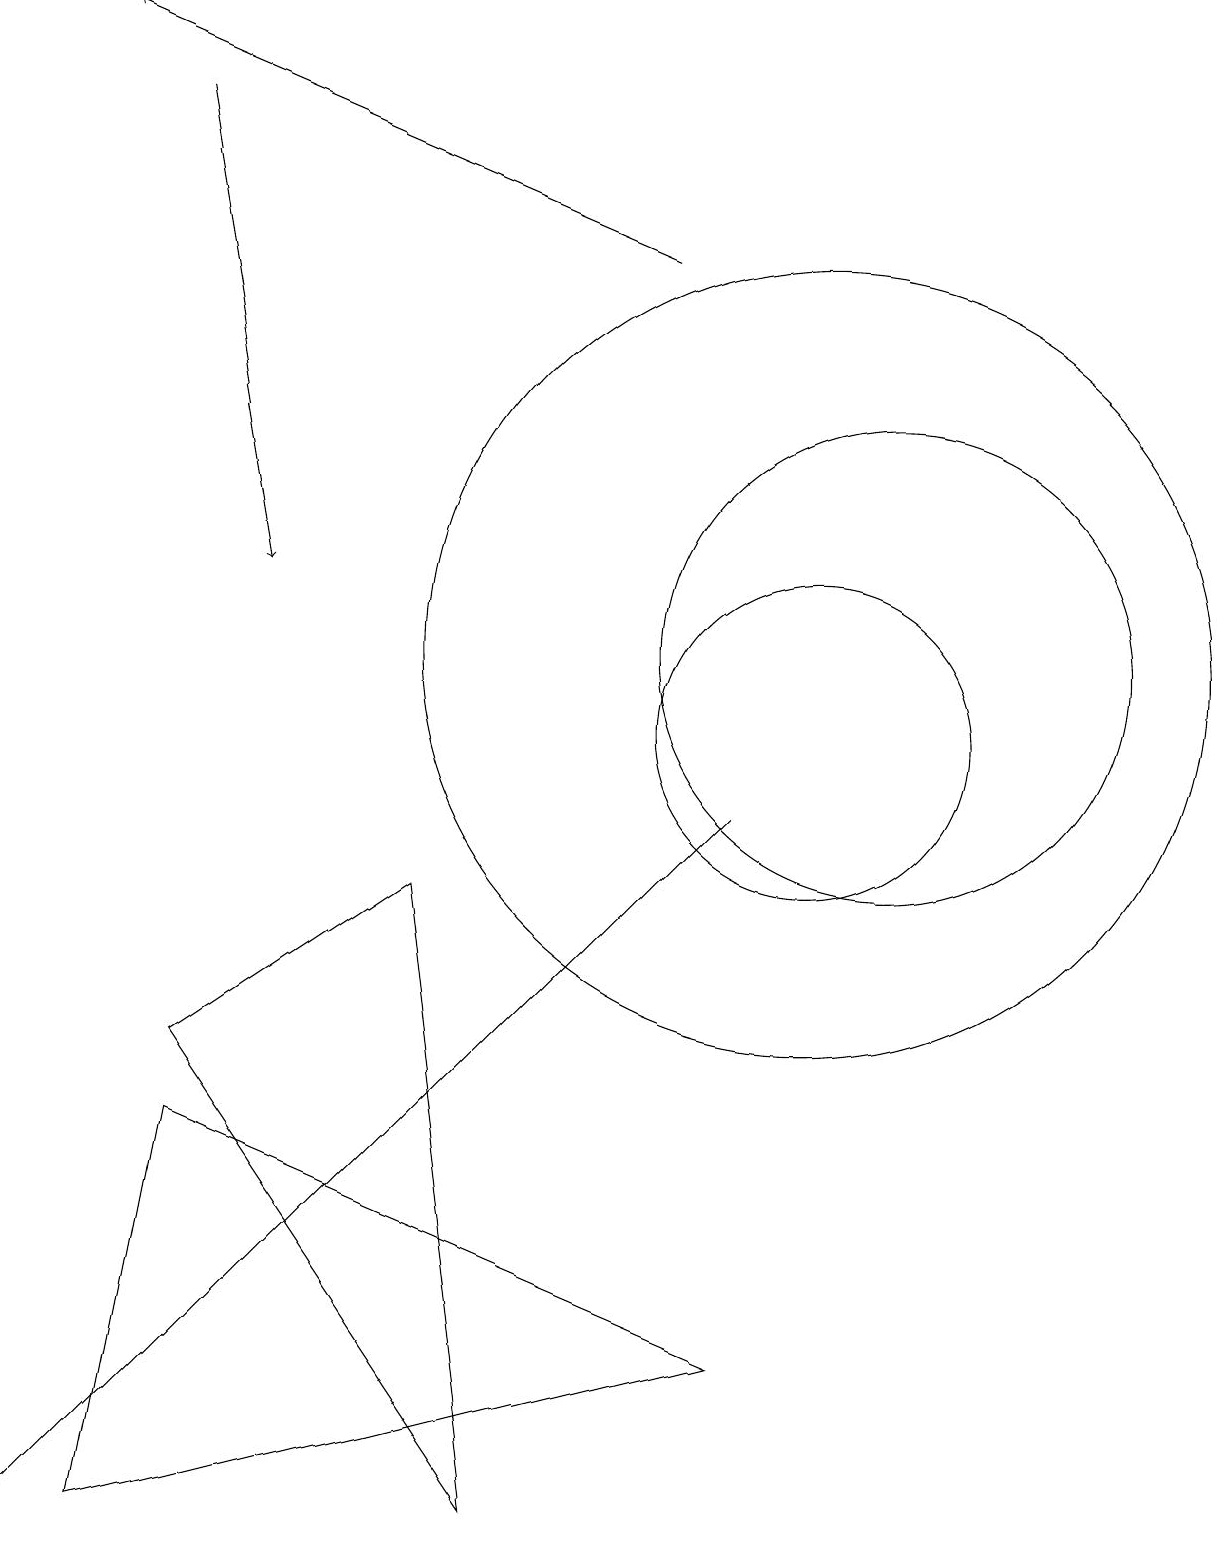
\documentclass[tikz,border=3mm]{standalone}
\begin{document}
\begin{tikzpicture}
\draw (10,11) circle (5);
\draw (6,0) -- (5,8) -- (2,6) -- cycle;
\draw[->] (8,16) -- (1,19);
\draw (11,11) circle (3);
\draw[->] (2,18) -- (3,12);
\draw (10,10) circle (2);
\draw (1,1) -- (9,9) -- (0,0) -- cycle;
\draw (1,0) -- (2,5) -- (9,2) -- cycle;
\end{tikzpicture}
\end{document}